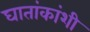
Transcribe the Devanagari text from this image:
घातांकांशी